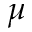
\mu